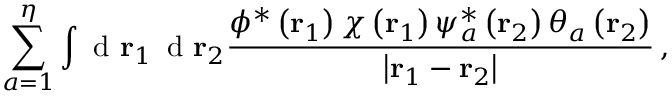
\sum _ { a = 1 } ^ { \eta } \int \textrm { d } \mathbf r _ { 1 } \, \textrm { d } \mathbf r _ { 2 } \frac { \phi ^ { * } \left( \mathbf r _ { 1 } \right) \chi \left( \mathbf r _ { 1 } \right) \psi _ { a } ^ { * } \left( \mathbf r _ { 2 } \right) \theta _ { a } \left( \mathbf r _ { 2 } \right) } { \left| \mathbf r _ { 1 } - \mathbf r _ { 2 } \right| } \, ,